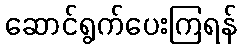
ဆောင်ရွက်ပေးကြရန်